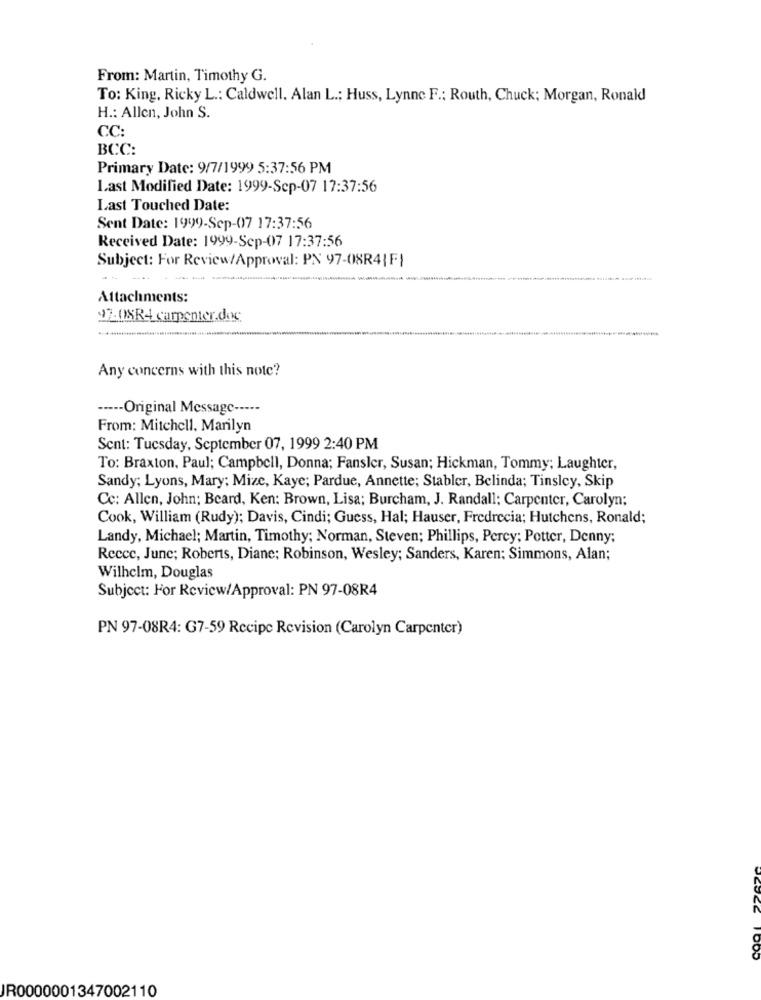
From: Martin, Timothy G.
To: King, Ricky L .: Caldwell. Alan L .: Huss, Lynne F .: Routh, Chuck; Morgan, Ronald
H .: Allen, John S.
CC:
BCC:
Primary Date: 9/7/1999 5:37:56 PM
Last Modified Date: 1999-Sep-07 17:37:56
Last Touched Date:
Sent Date: 1999-Sep-07 17:37:56
Received Date: 1999-Sep-07 17:37:56
Subject: For Review/Approval: PN 97-08R4| F)
Attachments:
$208R4 carpenter.doc
Any concerns with this note?
----- Original Message ----
From: Mitchell, Marilyn
Sent: Tuesday, September 07, 1999 2:40 PM
To: Braxton, Paul; Campbell, Donna; Fansler, Susan; Hickman, Tommy; Laughter,
Sandy; Lyons, Mary; Mize, Kaye; Pardue, Annette; Stabler, Belinda; Tinsley, Skip
Cc: Allen, John; Beard, Ken: Brown, Lisa; Burcham, J. Randall; Carpenter, Carolyn;
Cook, William (Rudy); Davis, Cindi; Guess, Hal; Hauser, Fredrecia; Hutchens, Ronald;
Landy, Michael; Martin, Timothy; Norman, Steven; Phillips, Percy; Potter, Denny;
Recce, June; Roberts, Diane; Robinson, Wesley; Sanders, Karen: Simmons, Alan;
Wilhelm, Douglas
Subject: For Review/Approval: PN 97-08R4
PN 97-08R4: G7-59 Recipe Revision (Carolyn Carpenter)
JR0000001347002110